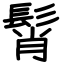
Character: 髾